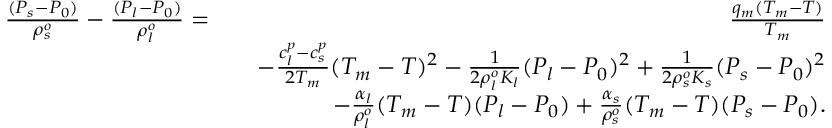
\begin{array} { r l r } { \frac { ( P _ { s } - P _ { 0 } ) } { \rho _ { s } ^ { o } } - \frac { ( P _ { l } - P _ { 0 } ) } { \rho _ { l } ^ { o } } = } & { } & { \frac { q _ { m } ( T _ { m } - T ) } { T _ { m } } } \\ & { } & { - \frac { c _ { l } ^ { p } - c _ { s } ^ { p } } { 2 T _ { m } } ( T _ { m } - T ) ^ { 2 } - \frac { 1 } { 2 \rho _ { l } ^ { o } K _ { l } } ( P _ { l } - P _ { 0 } ) ^ { 2 } + \frac { 1 } { 2 \rho _ { s } ^ { o } K _ { s } } ( P _ { s } - P _ { 0 } ) ^ { 2 } } \\ & { } & { - \frac { \alpha _ { l } } { \rho _ { l } ^ { o } } ( T _ { m } - T ) ( P _ { l } - P _ { 0 } ) + \frac { \alpha _ { s } } { \rho _ { s } ^ { o } } ( T _ { m } - T ) ( P _ { s } - P _ { 0 } ) . } \end{array}